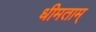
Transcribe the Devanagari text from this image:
धीमताम्